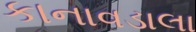
કાનાવડાલા